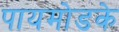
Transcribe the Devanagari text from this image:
पायमोडके